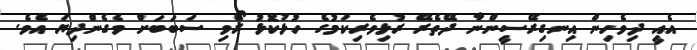
އެއީ ދިވެހިން އިނގިރޭސީންނާ ދޭތެރޭ ރުޅިވެރިކަމުގެ ހުޅުކޮޅު ރޯވި ސަބަބަށް ވެގެންދިޔަ އެވެ.